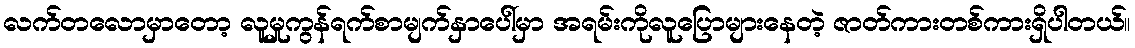
လက်တလောမှာတော့ လူမှုကွန်ရက်စာမျက်နှာပေါ်မှာ အရမ်းကိုလူပြောများနေတဲ့ ဇာတ်ကားတစ်ကားရှိပါတယ်။